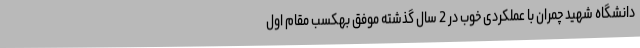
دانشگاه شهید چمران با عملکردی خوب در 2 سال گذشته موفق بهکسب مقام اول